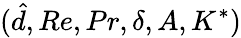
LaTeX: (\hat{d},Re,Pr,\delta,A,K^{*})